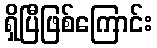
ရှိပြီဖြစ်ကြောင်း